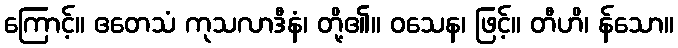
ကြောင့်။ ဧတေသံ ကုသလာဒီနံ၊ တို့၏။ ဝသေန၊ ဖြင့်။ တီဟိ၊ န်သော။